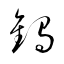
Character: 鷦